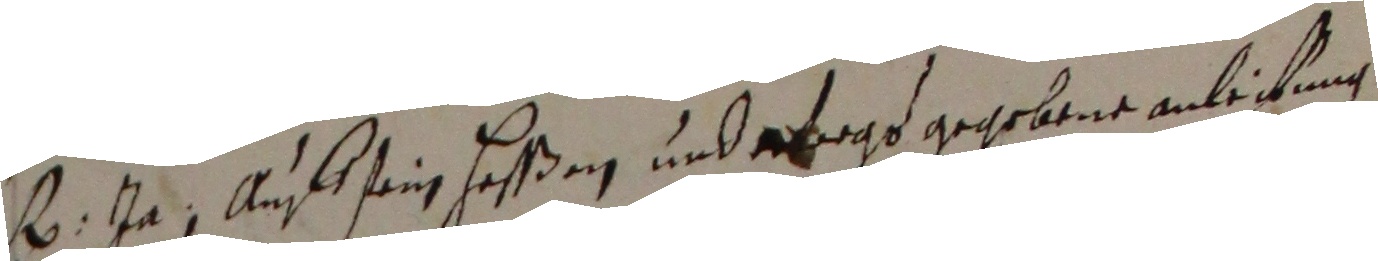
. ja auff seinen heßßen und gfagt gegebene anleitung.